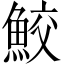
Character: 鮫